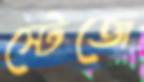
স্টেজে